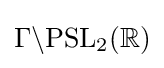
\Gamma \backslash \mathrm {PSL} _{2}(\mathbb {R} )